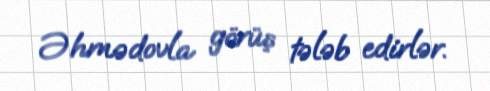
Əhmədovla görüş tələb edirlər.